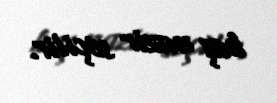
baş nazir seçilir.